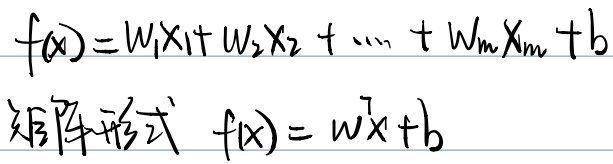
矩阵形式：
\[\begin{align*}f(x)&=w_1x_1 + w_2x_2+\cdots + w_mx_m + b\\f(x)&= w^{T}x + b\end{align*}\]